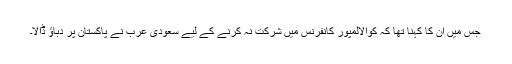
جس میں ان کا کہنا تھا کہ کوالالمپور کانفرنس میں شرکت نہ کرنے کے لیے سعودی عرب نے پاکستان پر دباؤ ڈالا۔